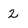
Character: 2